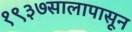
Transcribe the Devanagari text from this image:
१९३७सालापासून